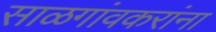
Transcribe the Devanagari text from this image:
साळगांवकरांना